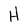
Character: H